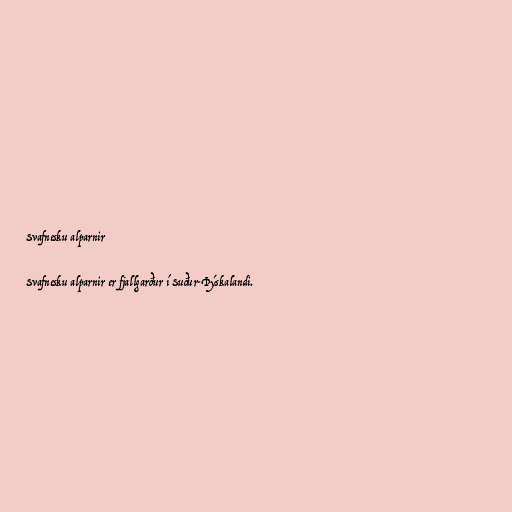
Svafnesku alparnir

Svafnesku alparnir er fjallgarður í Suður-Þýskalandi.